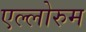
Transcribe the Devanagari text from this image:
एल्लोरुम